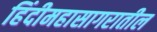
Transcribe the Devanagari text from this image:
हिंदीमहासागरातील